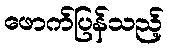
ဖောက်ပြန်သည့်